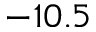
- 1 0 . 5